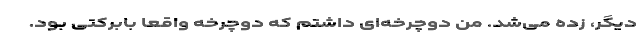
دیگر، ‌زده می‌شد. من دوچرخه‌ای داشتم که دوچرخه واقعا بابرکتی بود.